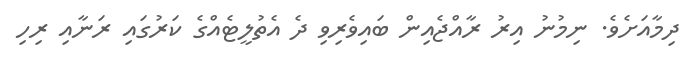
ދިމާއަށެވެ. ނިމުނު އިރު ރާއްޖެއިން ބައިވެރިވި ދެ އެތުލީޓެއްގެ ކަރުގައި ރަނާއި ރިހި